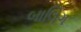
બાલિગ